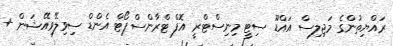
ރައްޔިތުންގެ މަޖިލިސް އައްޑޫ ސިޓީ މިނިސްޓްރީ އޮފް ޓްރާންސްޕޯޓް އެންޑް ސިވިލޭވިއޭޝަން +